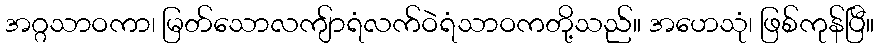
အဂ္ဂသာဝကာ၊ မြတ်သောလကျ်ာရံလက်ဝဲရံသာဝကတို့သည်။ အဟေသုံ၊ ဖြစ်ကုန်ပြီ။